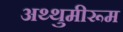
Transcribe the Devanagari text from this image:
अथ्थुमीरूम